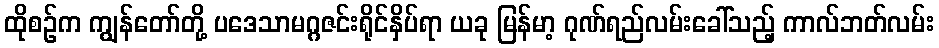
ထိုစဉ်က ကျွန်တော်တို့ ပဒေသာမဂ္ဂဇင်းရိုင်နှိပ်ရာ ယခု မြန်မာ့ ဂုဏ်ရည်လမ်းခေါ်သည့် ကာလ်ဘတ်လမ်း